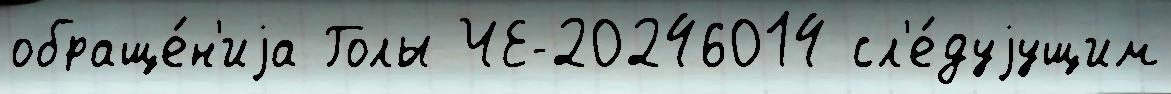
обраще́н'иjа Голы ЧЕ-20246014 сл'е́дуjущим